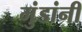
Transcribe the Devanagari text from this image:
मुंडांनी